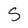
Character: S